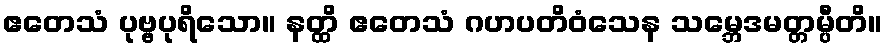
ဧတေသံ ပုဗ္ဗပုရိသော။ နတ္ထိ ဧတေသံ ဂဟပတိဝံသေန သမ္ဘေဒမတ္တမ္ပီတိ။